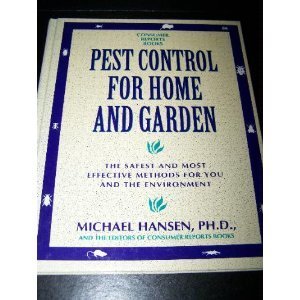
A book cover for Pest Control for Home and Garden: The Safest and Most Effective Methods for You and the Environment; Michael Hansen; Crafts, Hobbies & Home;